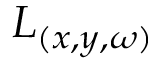
L _ { ( x , y , \omega ) }